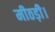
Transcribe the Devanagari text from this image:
मीठड़ी।